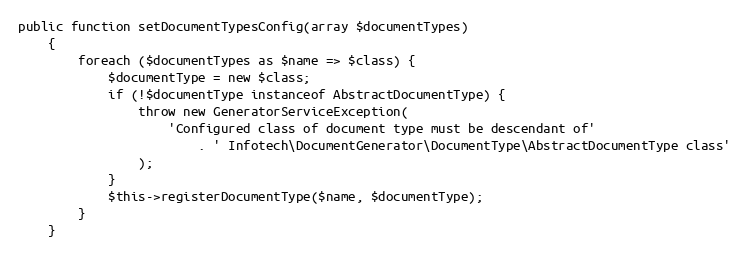
Language: PHP
public function setDocumentTypesConfig(array $documentTypes)
    {
        foreach ($documentTypes as $name => $class) {
            $documentType = new $class;
            if (!$documentType instanceof AbstractDocumentType) {
                throw new GeneratorServiceException(
                    'Configured class of document type must be descendant of'
                        . ' Infotech\DocumentGenerator\DocumentType\AbstractDocumentType class'
                );
            }
            $this->registerDocumentType($name, $documentType);
        }
    }